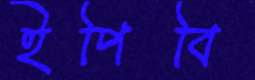
ইপিবি